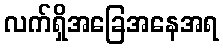
လက်ရှိအခြေအနေအရ